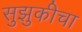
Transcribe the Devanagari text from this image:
सुझुकीचा